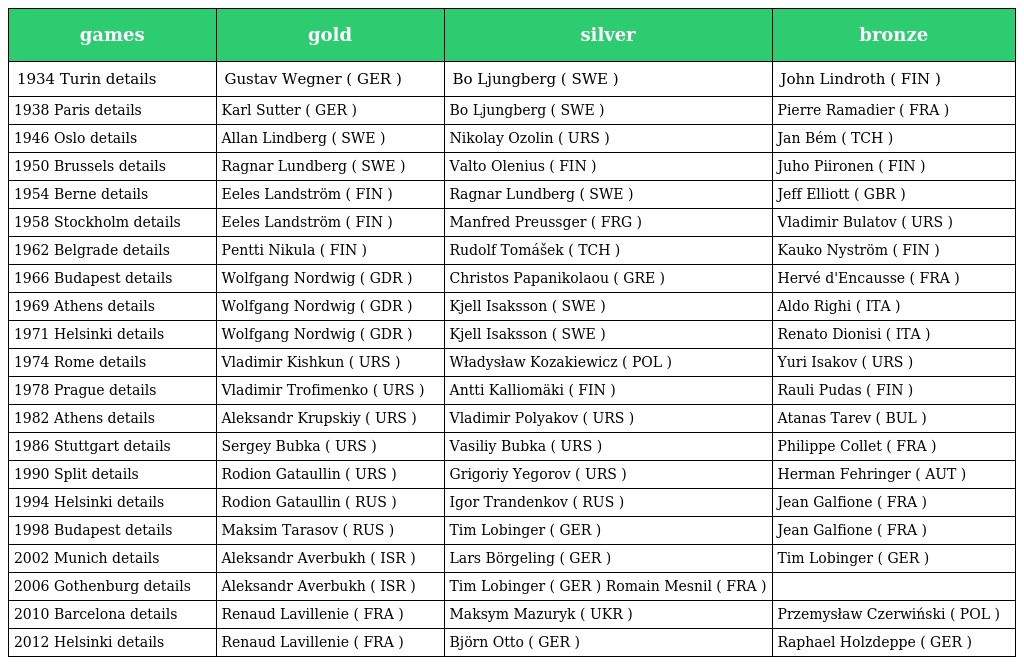
| games | gold | silver | bronze |
 | --- | --- | --- | --- |
 | 1934 Turin details | Gustav Wegner ( GER ) | Bo Ljungberg ( SWE ) | John Lindroth ( FIN ) |
 | 1938 Paris details | Karl Sutter ( GER ) | Bo Ljungberg ( SWE ) | Pierre Ramadier ( FRA ) |
 | 1946 Oslo details | Allan Lindberg ( SWE ) | Nikolay Ozolin ( URS ) | Jan Bém ( TCH ) |
 | 1950 Brussels details | Ragnar Lundberg ( SWE ) | Valto Olenius ( FIN ) | Juho Piironen ( FIN ) |
 | 1954 Berne details | Eeles Landström ( FIN ) | Ragnar Lundberg ( SWE ) | Jeff Elliott ( GBR ) |
 | 1958 Stockholm details | Eeles Landström ( FIN ) | Manfred Preussger ( FRG ) | Vladimir Bulatov ( URS ) |
 | 1962 Belgrade details | Pentti Nikula ( FIN ) | Rudolf Tomášek ( TCH ) | Kauko Nyström ( FIN ) |
 | 1966 Budapest details | Wolfgang Nordwig ( GDR ) | Christos Papanikolaou ( GRE ) | Hervé d'Encausse ( FRA ) |
 | 1969 Athens details | Wolfgang Nordwig ( GDR ) | Kjell Isaksson ( SWE ) | Aldo Righi ( ITA ) |
 | 1971 Helsinki details | Wolfgang Nordwig ( GDR ) | Kjell Isaksson ( SWE ) | Renato Dionisi ( ITA ) |
 | 1974 Rome details | Vladimir Kishkun ( URS ) | Władysław Kozakiewicz ( POL ) | Yuri Isakov ( URS ) |
 | 1978 Prague details | Vladimir Trofimenko ( URS ) | Antti Kalliomäki ( FIN ) | Rauli Pudas ( FIN ) |
 | 1982 Athens details | Aleksandr Krupskiy ( URS ) | Vladimir Polyakov ( URS ) | Atanas Tarev ( BUL ) |
 | 1986 Stuttgart details | Sergey Bubka ( URS ) | Vasiliy Bubka ( URS ) | Philippe Collet ( FRA ) |
 | 1990 Split details | Rodion Gataullin ( URS ) | Grigoriy Yegorov ( URS ) | Herman Fehringer ( AUT ) |
 | 1994 Helsinki details | Rodion Gataullin ( RUS ) | Igor Trandenkov ( RUS ) | Jean Galfione ( FRA ) |
 | 1998 Budapest details | Maksim Tarasov ( RUS ) | Tim Lobinger ( GER ) | Jean Galfione ( FRA ) |
 | 2002 Munich details | Aleksandr Averbukh ( ISR ) | Lars Börgeling ( GER ) | Tim Lobinger ( GER ) |
 | 2006 Gothenburg details | Aleksandr Averbukh ( ISR ) | Tim Lobinger ( GER ) Romain Mesnil ( FRA ) |  |
 | 2010 Barcelona details | Renaud Lavillenie ( FRA ) | Maksym Mazuryk ( UKR ) | Przemysław Czerwiński ( POL ) |
 | 2012 Helsinki details | Renaud Lavillenie ( FRA ) | Björn Otto ( GER ) | Raphael Holzdeppe ( GER ) |